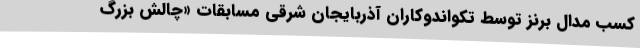
کسب مدال برنز توسط تکواندوکاران آذربایجان شرقی مسابقات «چالش بزرگ